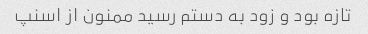
تازه بود و زود به دستم رسید ممنون از اسنپ